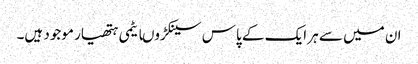
ان میں سے ہر ایک کے پاس سینکڑوںایٹمی ہتھیار موجود ہیں۔